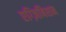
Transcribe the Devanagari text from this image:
एग्ज़िबिशन